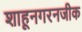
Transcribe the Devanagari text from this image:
शाहूनगरनजीक